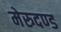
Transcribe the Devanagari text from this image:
मेरुदण्‍ड